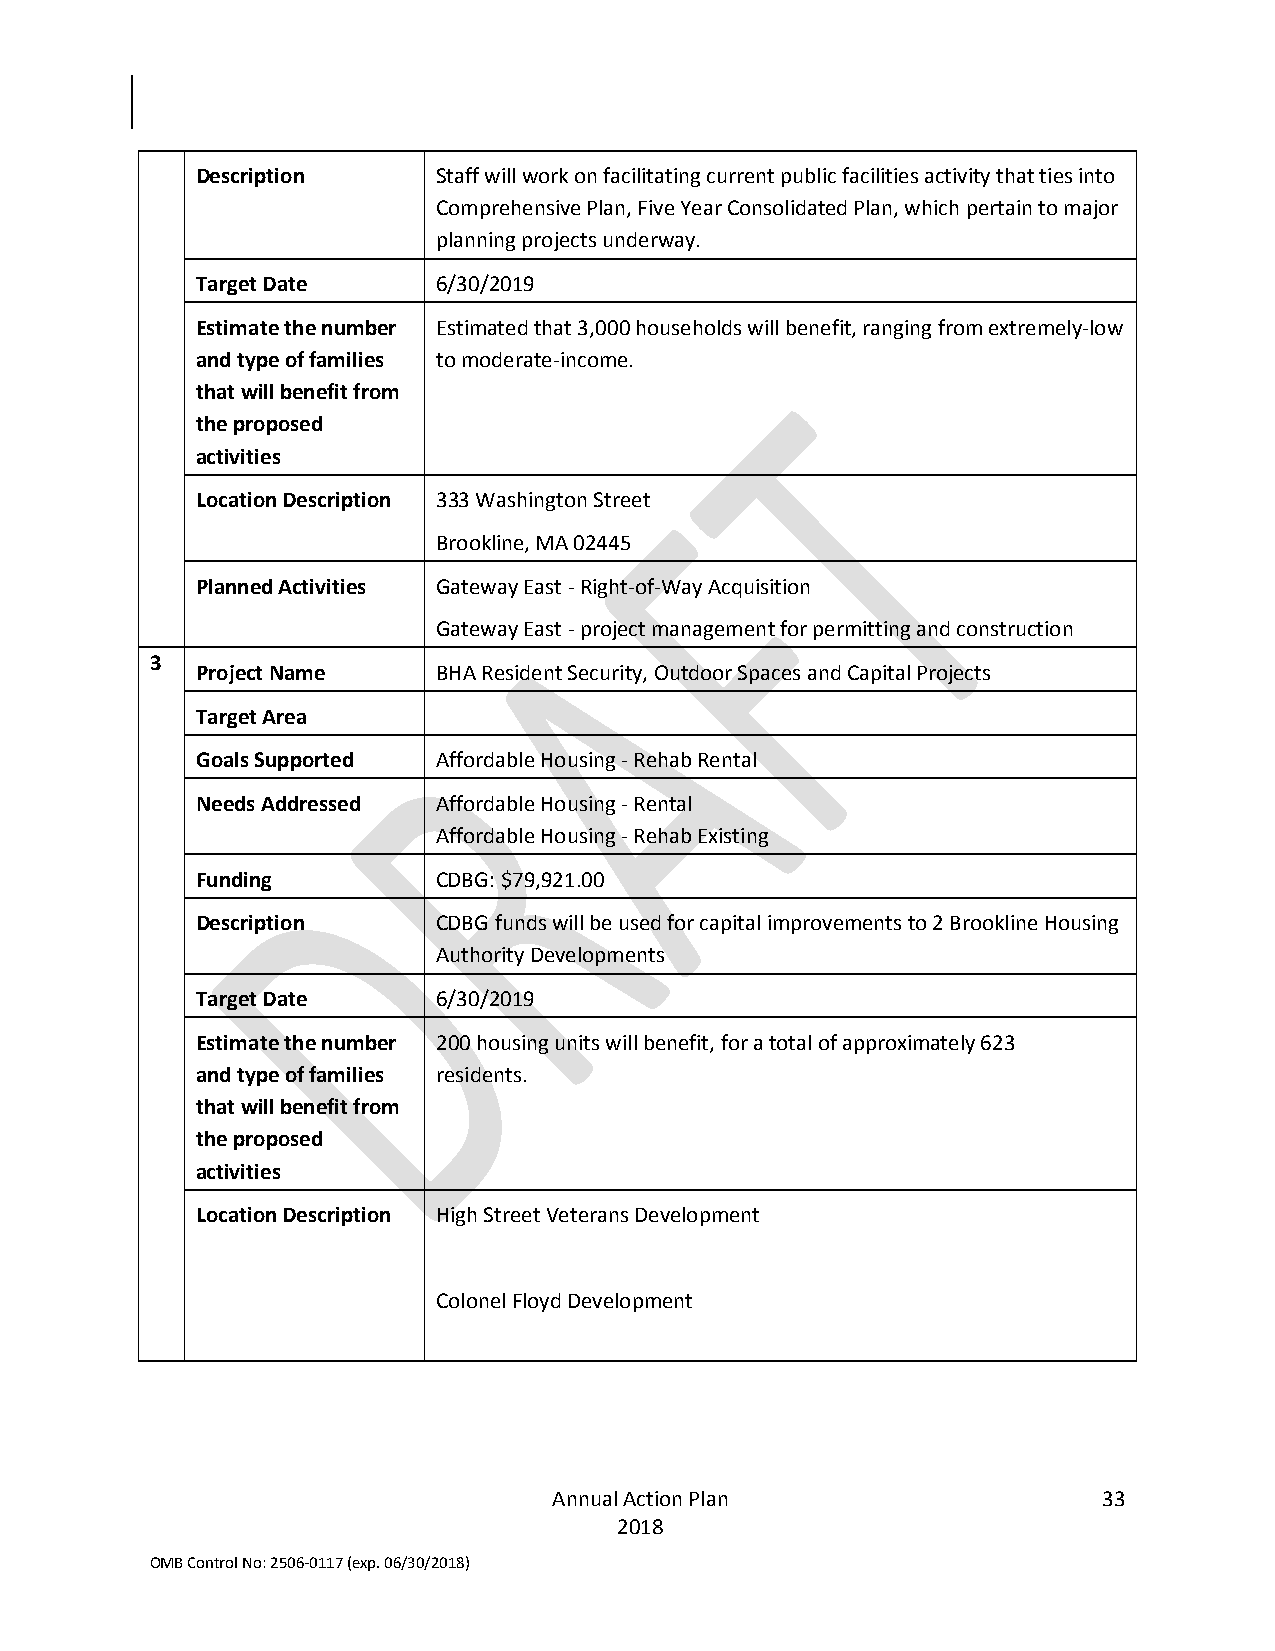
Description     Staff will work on facilitating current public facilities activity that ties into
 Comprehensive Plan, Five Year Consolidated Plan, which pertain to major
 planning projects underway.
 Target Date     6/30/2019
 Estimate the number Estimated that 3,000 households will benefit, ranging from extremely-low
 and type of families to moderate-income.
 that will benefit from
 the proposed
 activities
 Location Description 333 Washington Street
 Brookline, MA 02445
 Planned Activities Gateway East - Right-of-Way Acquisition
 Gateway East - project management for permitting and construction
 3
 Project Name    BHA Resident Security, Outdoor Spaces and Capital Projects
 Target Area
 Goals Supported Affordable Housing - Rehab Rental
 Needs Addressed Affordable Housing - Rental
 Affordable Housing - Rehab Existing
 Funding         CDBG: $79,921.00
 Description     CDBG funds will be used for capital improvements to 2 Brookline Housing
 Authority Developments
 Target Date     6/30/2019
 Estimate the number 200 housing units will benefit, for a total of approximately 623
 and type of families residents.
 that will benefit from
 the proposed
 activities
 Location Description High Street Veterans Development
 Colonel Floyd Development
 Annual Action Plan                  33
 2018
 OMB Control No: 2506-0117 (exp. 06/30/2018)